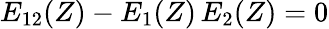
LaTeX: E_{12}(Z)-E_{1}(Z)\, E_{2}(Z)=0